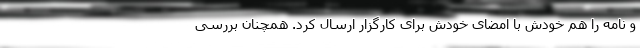
و نامه را هم خودش با امضای خودش برای کارگزار ارسال کرد. همچنان بررسی